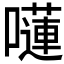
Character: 𡂴